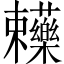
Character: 𧆄